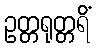
ဥတ္တရုတ္တရိံ